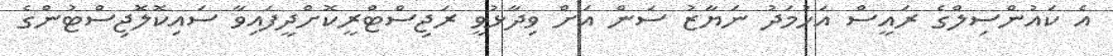
އެ ކައުންސިލްގެ ރައީސް އަހުމަދު ނަޔާޒު ސަން އަށް ވިދާޅުވީ ރަޖިސްޓްރީކޮށްދީފައިވާ ސައިކޮލޮޖިސްޓުންގެ